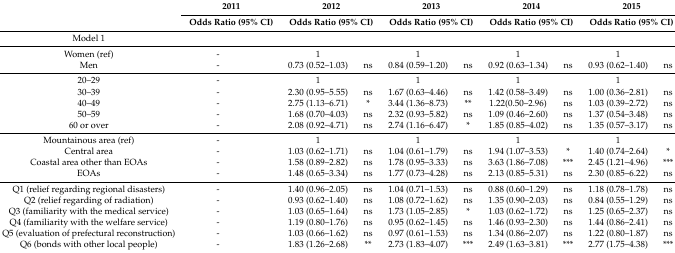
<table><thead><tr><td rowspan="2"></td><td colspan="2"><b>2011</b></td><td colspan="2"><b>2012</b></td><td colspan="2"><b>2013</b></td><td colspan="2"><b>2014</b></td><td colspan="2"><b>2015</b></td></tr><tr><td colspan="2"><b>Odds Ratio (95% CI)</b></td><td colspan="2"><b>Odds Ratio (95% CI)</b></td><td colspan="2"><b>Odds Ratio (95% CI)</b></td><td colspan="2"><b>Odds Ratio (95% CI)</b></td><td colspan="2"><b>Odds Ratio (95% CI)</b></td></tr></thead><tbody><tr><td>Model 1</td><td></td><td></td><td></td><td></td><td></td><td></td><td></td><td></td><td></td><td></td></tr><tr><td>Women (ref)</td><td>-</td><td></td><td>1</td><td></td><td>1</td><td></td><td>1</td><td></td><td>1</td><td></td></tr><tr><td>Men</td><td>-</td><td></td><td>0.73 (0.52–1.03)</td><td>ns</td><td>0.84 (0.59–1.20)</td><td>ns</td><td>0.92 (0.63–1.34)</td><td>ns</td><td>0.93 (0.62–1.40)</td><td>ns</td></tr><tr><td>20–29</td><td>-</td><td></td><td>1</td><td></td><td>1</td><td></td><td>1</td><td></td><td>1</td><td></td></tr><tr><td>30–39</td><td>-</td><td></td><td>2.30 (0.95–5.55)</td><td>ns</td><td>1.67 (0.63–4.46)</td><td>ns</td><td>1.42 (0.58–3.49)</td><td>ns</td><td>1.00 (0.36–2.81)</td><td>ns</td></tr><tr><td>40–49</td><td>-</td><td></td><td>2.75 (1.13–6.71)</td><td>*</td><td>3.44 (1.36–8.73)</td><td>**</td><td>1.22(0.50–2.96)</td><td>ns</td><td>1.03 (0.39–2.72)</td><td>ns</td></tr><tr><td>50–59</td><td>-</td><td></td><td>1.68 (0.70–4.03)</td><td>ns</td><td>2.32 (0.93–5.82)</td><td>ns</td><td>1.09 (0.46–2.60)</td><td>ns</td><td>1.37 (0.54–3.48)</td><td>ns</td></tr><tr><td>60 or over</td><td>-</td><td></td><td>2.08 (0.92–4.71)</td><td>ns</td><td>2.74 (1.16–6.47)</td><td>*</td><td>1.85 (0.85–4.02)</td><td>ns</td><td>1.35 (0.57–3.17)</td><td>ns</td></tr><tr><td>Mountainous area (ref)</td><td>-</td><td></td><td>1</td><td></td><td>1</td><td></td><td>1</td><td></td><td>1</td><td></td></tr><tr><td>Central area</td><td>-</td><td></td><td>1.03 (0.62–1.71)</td><td>ns</td><td>1.04 (0.61–1.79)</td><td>ns</td><td>1.94 (1.07–3.53)</td><td>*</td><td>1.40 (0.74–2.64)</td><td>*</td></tr><tr><td>Coastal area other than EOAs</td><td>-</td><td></td><td>1.58 (0.89–2.82)</td><td>ns</td><td>1.78 (0.95–3.33)</td><td>ns</td><td>3.63 (1.86–7.08)</td><td>***</td><td>2.45 (1.21–4.96)</td><td>***</td></tr><tr><td>EOAs</td><td>-</td><td></td><td>1.48 (0.65–3.34)</td><td>ns</td><td>1.77 (0.73–4.28)</td><td>ns</td><td>2.13 (0.85–5.31)</td><td>ns</td><td>2.30 (0.85–6.22)</td><td>ns</td></tr><tr><td>Q1 (relief regarding regional disasters)</td><td>-</td><td></td><td>1.40 (0.96–2.05)</td><td>ns</td><td>1.04 (0.71–1.53)</td><td>ns</td><td>0.88 (0.60–1.29)</td><td>ns</td><td>1.18 (0.78–1.78)</td><td>ns</td></tr><tr><td>Q2 (relief regarding of radiation)</td><td>-</td><td></td><td>0.93 (0.62–1.40)</td><td>ns</td><td>1.08 (0.72–1.62)</td><td>ns</td><td>1.35 (0.90–2.03)</td><td>ns</td><td>0.84 (0.55–1.29)</td><td>ns</td></tr><tr><td>Q3 (familiarity with the medical service)</td><td>-</td><td></td><td>1.03 (0.65–1.64)</td><td>ns</td><td>1.73 (1.05–2.85)</td><td>*</td><td>1.03 (0.62–1.72)</td><td>ns</td><td>1.25 (0.65–2.37)</td><td>ns</td></tr><tr><td>Q4 (familiarity with the welfare service)</td><td>-</td><td></td><td>1.19 (0.80–1.76)</td><td>ns</td><td>0.95 (0.62–1.45)</td><td>ns</td><td>1.46 (0.93–2.30)</td><td>ns</td><td>1.44 (0.86–2.41)</td><td>ns</td></tr><tr><td>Q5 (evaluation of prefectural reconstruction)</td><td>-</td><td></td><td>1.03 (0.66–1.62)</td><td>ns</td><td>0.97 (0.61–1.53)</td><td>ns</td><td>1.34 (0.86–2.07)</td><td>ns</td><td>1.22 (0.80–1.87)</td><td>ns</td></tr><tr><td>Q6 (bonds with other local people)</td><td>-</td><td></td><td>1.83 (1.26–2.68)</td><td>**</td><td>2.73 (1.83–4.07)</td><td>***</td><td>2.49 (1.63–3.81)</td><td>***</td><td>2.77 (1.75–4.38)</td><td>***</td></tr></tbody></table>